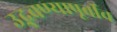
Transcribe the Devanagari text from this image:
उद्भवण्यापूर्वीच